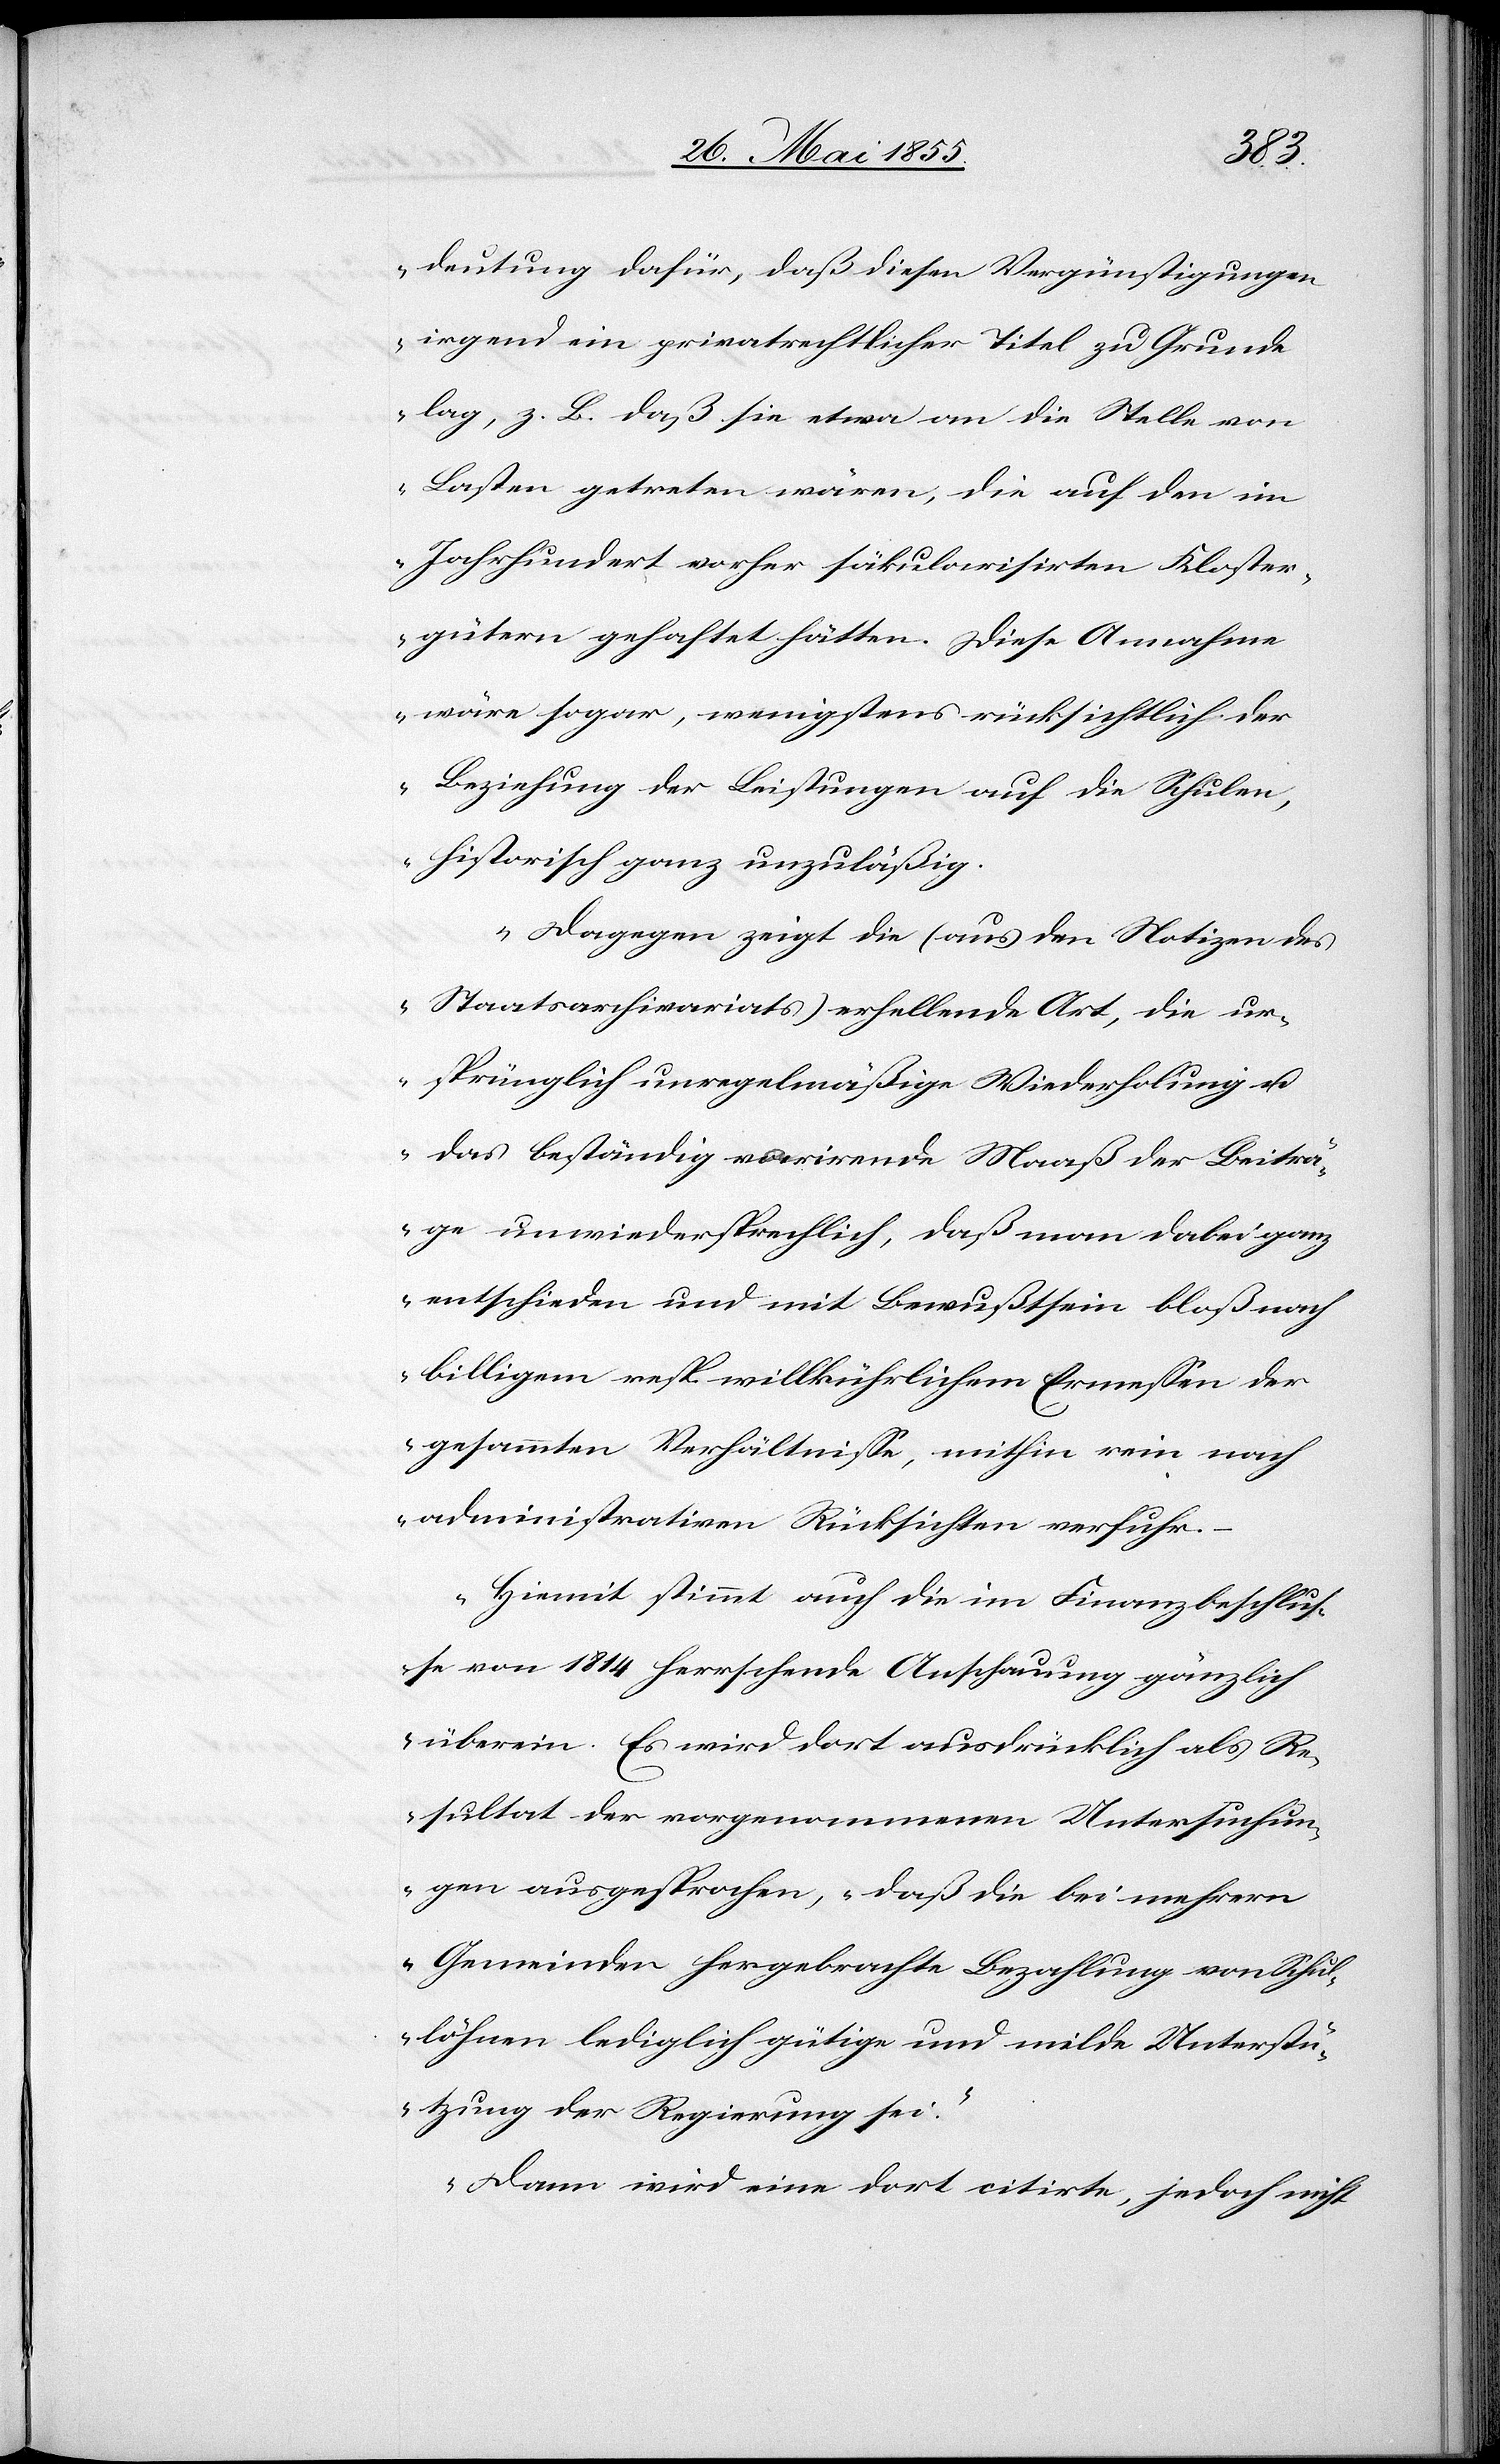
deutung dafür, daß diesen Vergünstigungen
irgend ein privatrechtlicher Titel zu Grunde
lag, z. B. daß sie etwa an die Stelle von
Lasten getreten wären, die auf den im
Jahrhundert vorher säkularisirten Kloster¬
gütern gehaftet hätten. Diese Annahme
wäre sogar, wenigstens rücksichtlich der
Beziehung der Leistungen auf die Schulen,
historisch ganz unzuläßig.
Dagegen zeigt die (aus den Notizen des
Staatsarchivariats) erhellende Art, die ur¬
sprünglich unregelmäßige Wiederholung u.
das beständig vari[i]rende Maaß der Beiträ¬
ge unwiedersprechlich, daß man dabei ganz
entschieden und mit Bewußtsein bloß nach
billigem resp. willkührlichem Ermessen der
gesammten Verhältnisse, mithin rein nach
administrativen Rücksichten verfuhr.
Hiemit stimmt auch die im Finanzbeschlus¬
se von 1814 herrschende Anschauung gänzlich
überein. Es wird dort ausdrücklich als Re¬
sultat der vorgenommenen Untersuchun¬
gen ausgesprochen, ‚daß die bei mehrern
Gemeinden hergebrachte Bezahlung von Schul¬
löhnen lediglich gütige und milde Unterstü¬
tzung der Regierung sei‘.
Dann wird eine dort citirte, jedoch nicht